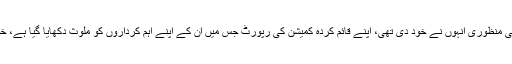
سب سے دلچسپ امر یہ ہے کہ انصافی سرکار اپنی ناک کے نیچے کی گئی اس لوٹ مار، جس کی منظوری انہوں نے خود دی تھی، اپنے قائم کردہ کمیشن کی رپورٹ جس میں ان کے اپنے اہم کرداروں کو ملوث دکھایا گیا ہے، خود ہی داد بھی وصول کر رہے ہیں اور قصوروار صرف فائدہ اٹھانے والوں کو قرار دے رہے ہیں۔